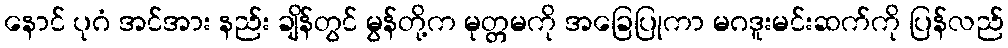
နောင် ပုဂံ အင်အား နည်း ချိန်တွင် မွန်တို့က မုတ္တမကို အခြေပြုကာ မဂဒူးမင်းဆက်ကို ပြန်လည်